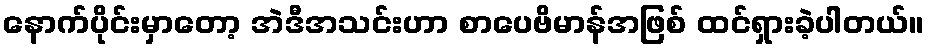
နောက်ပိုင်းမှာတော့ အဲဒီအသင်းဟာ စာပေဗိမာန်အဖြစ် ထင်ရှားခဲ့ပါတယ်။